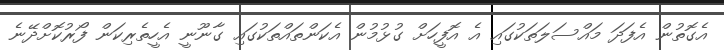
އެގޮތުން އެފަދަ މައްސަލަތަކުގައި އެ އޮފީހަށް ގުޅުމުން އެކަންތައްތަކުގައި ގާނޫނީ އެހީތެރިކަން ފޯރުކޮށްދޭނެ